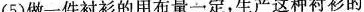
(5)做一件衬衫的用布量一定，生产这种衬衫的